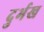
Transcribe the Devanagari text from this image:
दुर्भख